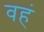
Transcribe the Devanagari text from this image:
वहं